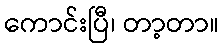
ကောင်းပြီ၊ တာ့တာ။